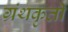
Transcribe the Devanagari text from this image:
ग्रंथकृती